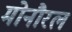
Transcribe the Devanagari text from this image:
मोनौरल